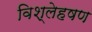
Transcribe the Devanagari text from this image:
विश्लेहषण